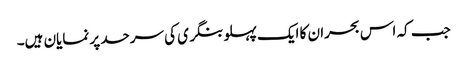
جب کہ اس بحران کا ایک پہلو بنگری کی سرحد پر نمایان ہیں۔